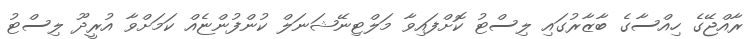
ރާއްޖޭގެ ހިއްސާގެ ބާޒާރުގައި ލިސްޓު ކޮށްފައިވާ މަލްޓިނޭޝަނަލް ކުންފުންޏެއް ކަމަށްވާ އުރީދޫ ލިސްޓު